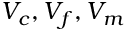
V _ { c } , V _ { f } , V _ { m }